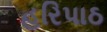
હરિપાઠ